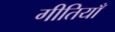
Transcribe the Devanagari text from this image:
गीतियाँ